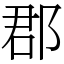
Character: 郡